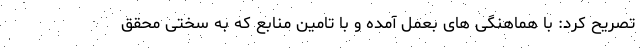
تصریح کرد: با هماهنگی های بعمل آمده و با تامین منابع که به سختی محقق